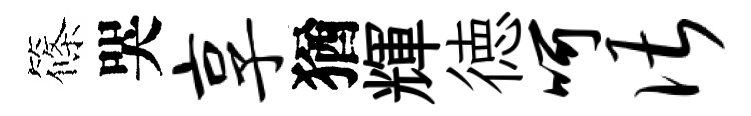
篠哭享猶輝徳呵谌